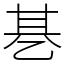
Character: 㐞